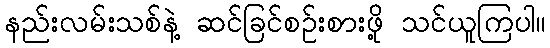
နည်းလမ်းသစ်နဲ့ ဆင်ခြင်စဉ်းစားဖို့ သင်ယူကြပါ။